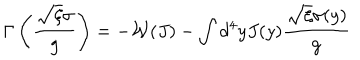
LaTeX: \Gamma \left( \frac { \sqrt { \xi } \sigma } { g } \right) = - \mathcal { W } ( J ) - \int d ^ { 4 } y J ( y ) \frac { \sqrt { \xi } \sigma ( y ) } { g }